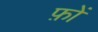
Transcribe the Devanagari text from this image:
फ़ों